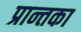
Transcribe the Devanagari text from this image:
प्रान्तका